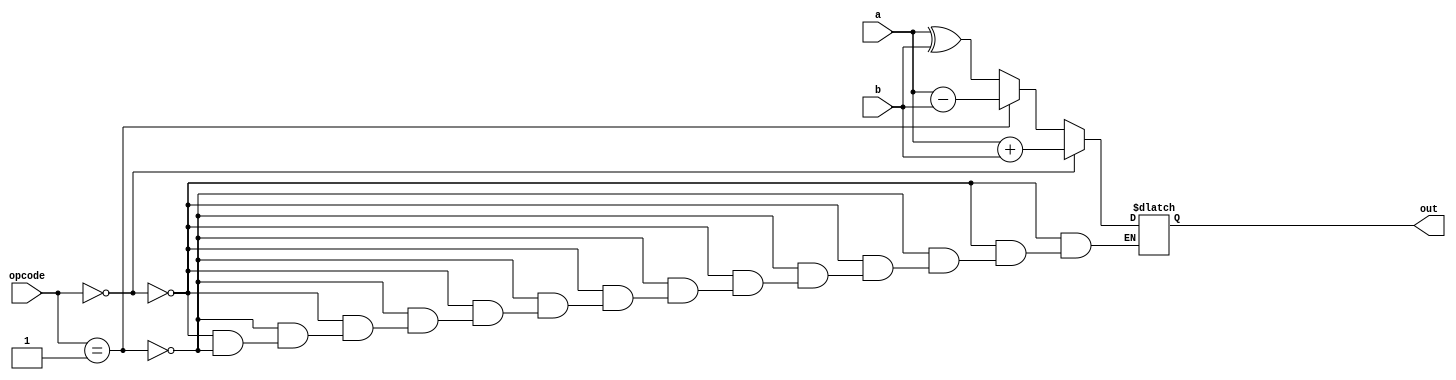
module eightALU(a, b, opcode, out);
input [3:0]a,b;
input [2:0]opcode;
output reg [3:0]out;

always@*
begin
if(opcode==000)
out=a+b;
else if(opcode==001)
out=a-b;
else if(opcode==010)
out=a*b;
else if(opcode==011)
out=a&b;
else if(opcode==100)
out=a|b;
else if(opcode==101)
out=~(a&b);
else if(opcode==110)
out=~(a|b);
else if(opcode==111)
out=a^b;
end
endmodule